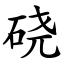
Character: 硗